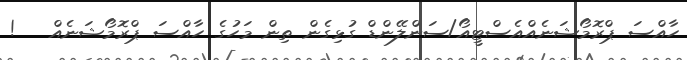
ހާއްސަ ޕްރޮމޯޝަނެއްއެސްޓީއޯ/ސަންލޭންޑް ގުޅިގެން ތިން މަހުގެ ހާއްސަ ޕްރޮމޯޝަނެއް   !